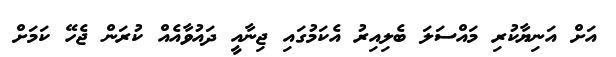
އަށް އަނިޔާކުރި މައްސަލަ ބެލިއިރު އެކަމުގައި ޖިނާއީ ދައުވާއެއް ކުރަން ޖެހޭ ކަމަށް